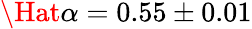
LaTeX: \Hat{\alpha}=0.55\pm 0.01